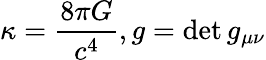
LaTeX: \kappa={\frac{8\pi G}{c^{4}}},g=\operatorname*{det}g_{\mu\nu}